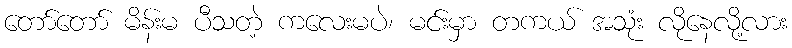
တော်တော် မိန်းမ ပီသတဲ့ ကလေးမပဲ၊ မင်းမှာ တကယ် အသုံး လိုနေလို့လား